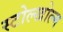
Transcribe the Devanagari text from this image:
स्टोल्खोल्म